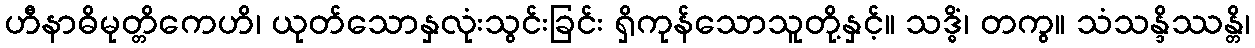
ဟီနာဓိမုတ္တိကေဟိ၊ ယုတ်သောနှလုံးသွင်းခြင်း ရှိကုန်သောသူတို့နှင့်။ သဒ္ဓိံ၊ တကွ။ သံသန္ဒိဿန္တိ၊